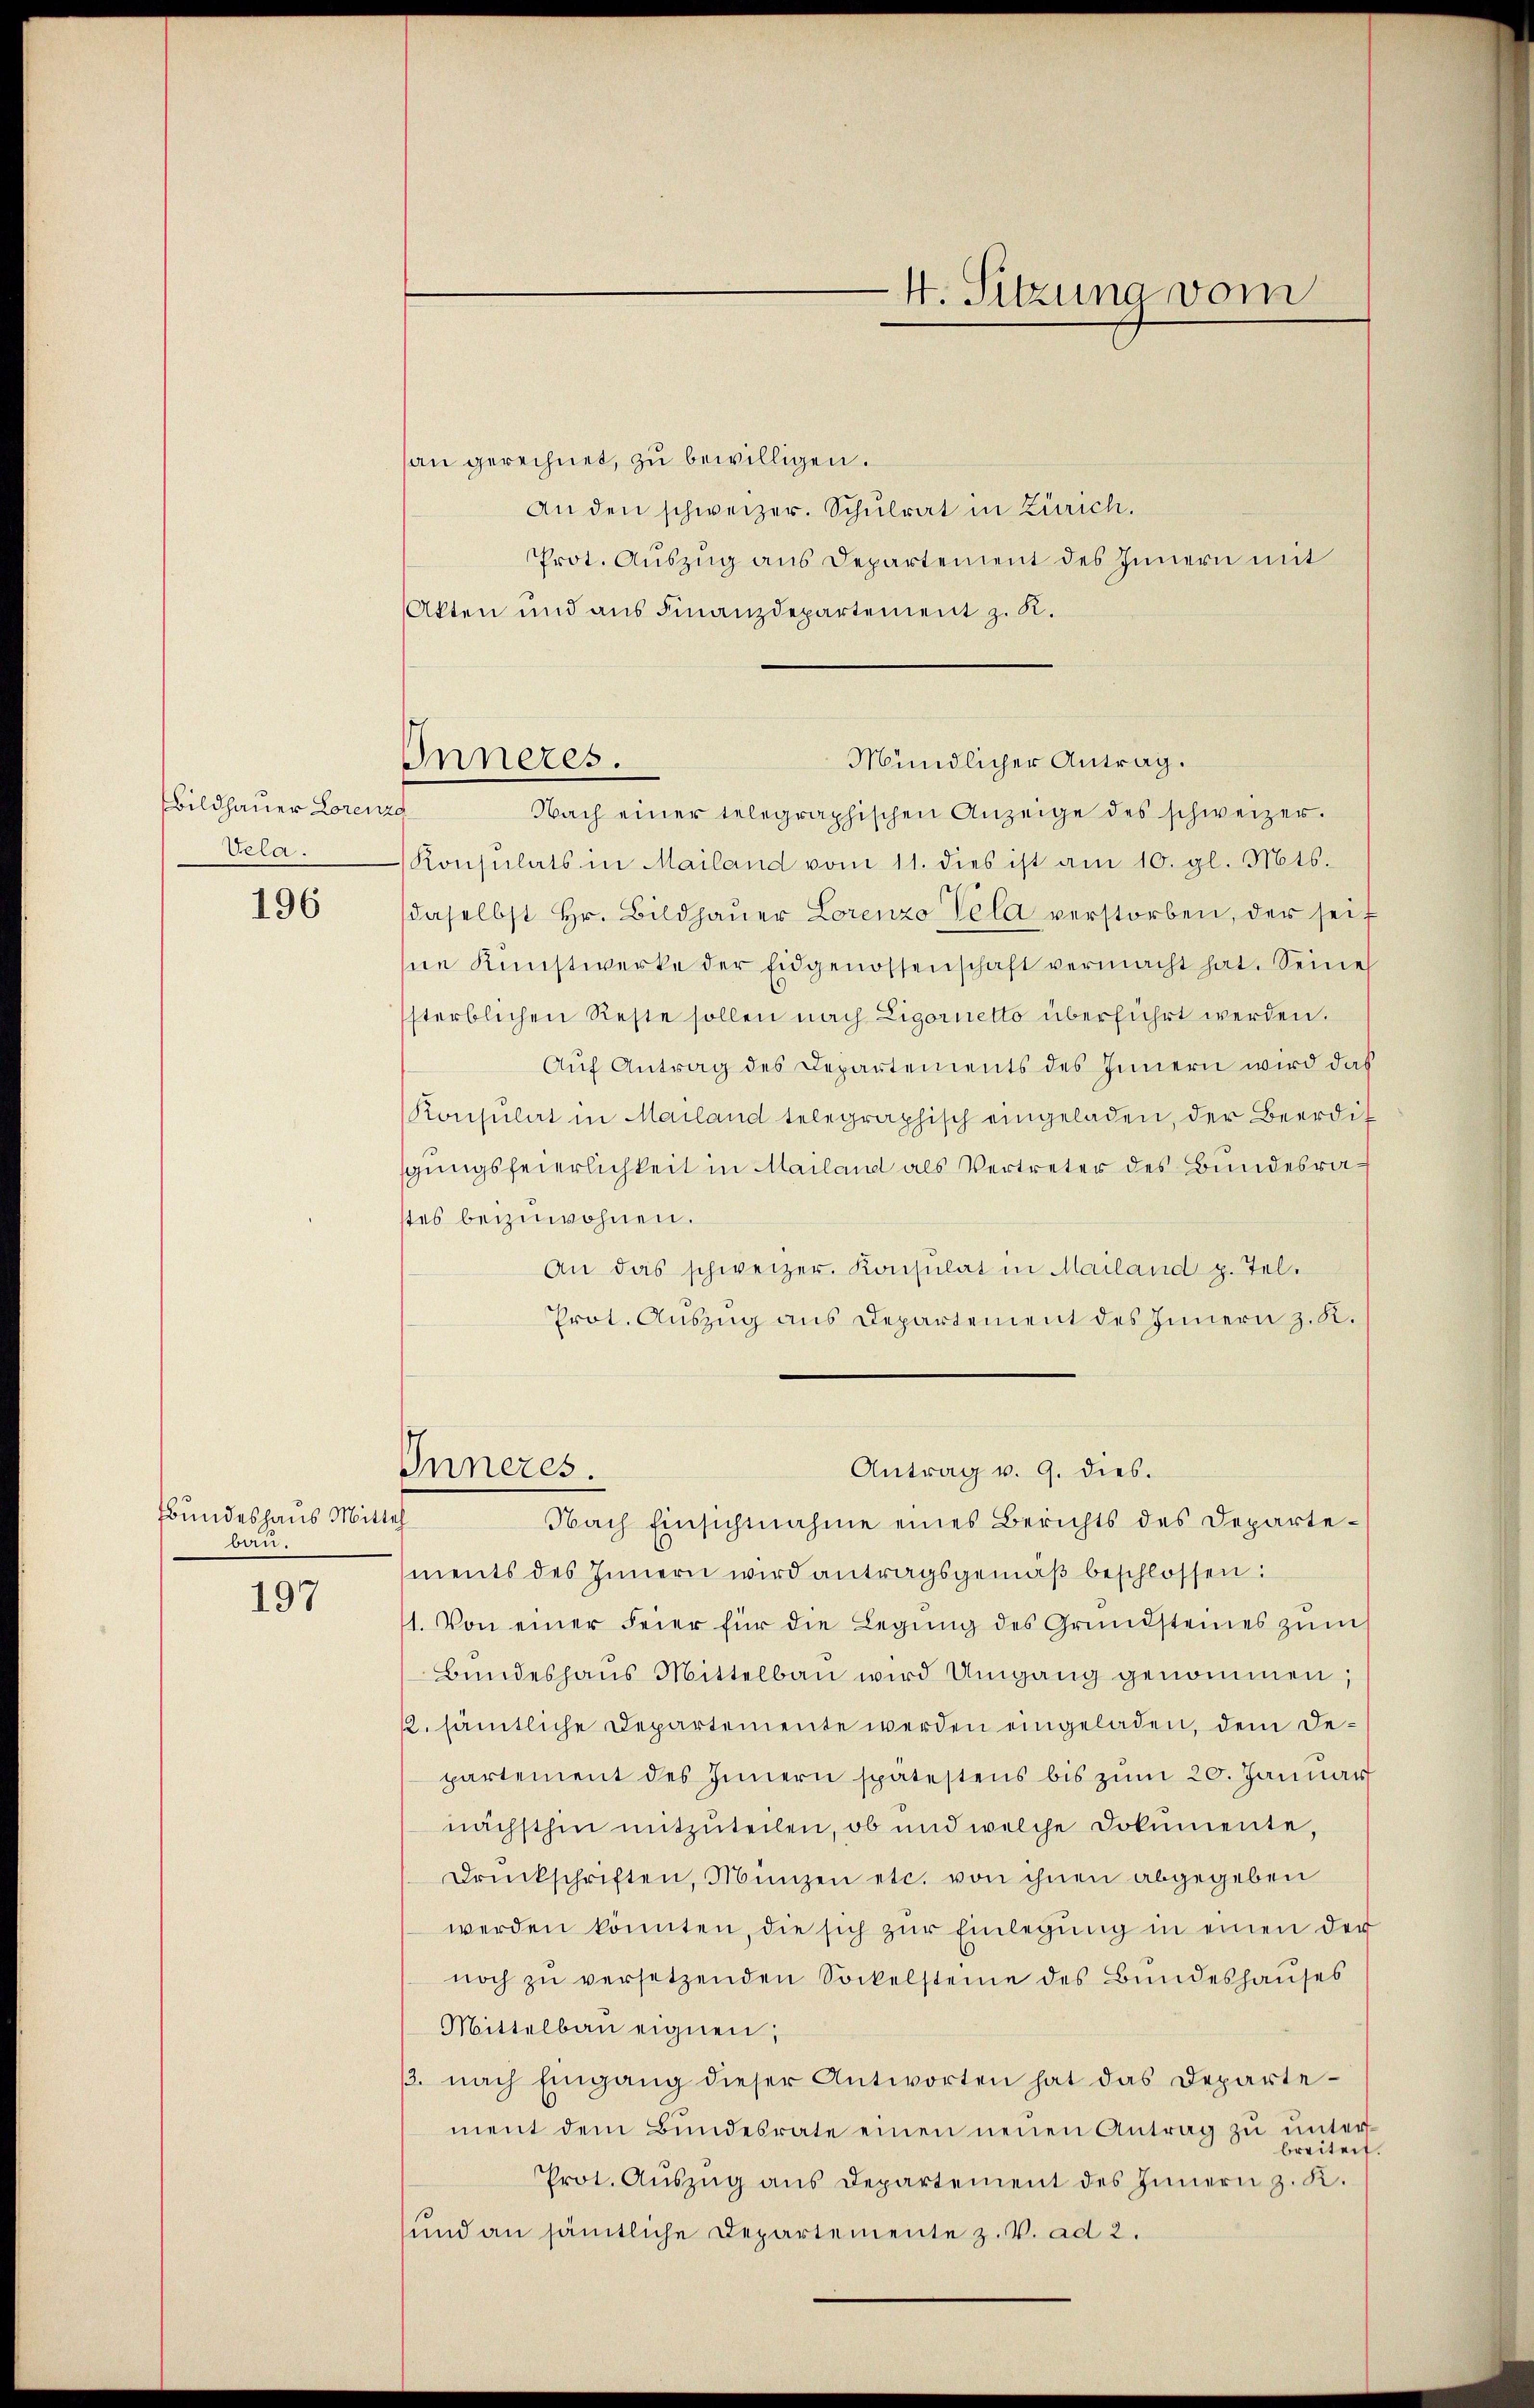
Bildhauer Lorenze
Vela.

196

Bundeshaus Mittel
bau.

197

Inneres.

4. Sitzung vom

an gerechnet, zu bewilligen.
An den schweizer. Schulrat in Zürich.
Prot. Aŭszŭg ans Departement des Innern mit
Akten und aus Finanzdepartement z. R.
Nach einer telegraphischen Anzeige des schweizer.
Konsulats in Mailand vom 11. dies ist am 10. gl. Mts.
daselbst Hr. Bildhaŭer Lorenzo Vola verstorben, der seit
ne Künstwerke der Eidgenossenschaft vermacht hat. Seine
sterblichen Reste sollen nach Ligornetto überführt werden.
Aŭf Antrag des Departements des Innern wird das
Konsulat in Mailand telegraphisch eingeladen, der Beerdit
gungsfeierlichkeit in Mailand als Vertreter des Bundesrastes beizuwohnen.
An das schweizer. Konsulat in Mailand p. Tel¬
Prot. Auszug aus Departement des Innern z. K.
Antrag v. 9. dies.
Inneres.
Nach Einsichtnahme eines Berichts des Departements des Innern wird antragsgemäβ beschlossen:
1. Von einer Feier für die Legung des Grundsteines zŭm
Bŭndeshaŭs Mittelbau wird Umgang genommen;
12. sämtliche Departemente werden eingeladen, dem Departement des Innern spätestens bis zum 20. Januar
nächsthin mitzuteilen, ob und welche Dokumente,
Druckschriften, Münzen etc. von ihnen abgegeben
werden könnten, die sich zŭr Einlegung in einen der
noch zŭ versetzenden Sockelsteine des Bundeshauses
Mittelbau eignen;
/. nach Eingang dieser Antworten hat das Departement dem Bŭndesrate einen neuen Antrag zŭ ŭnterbreitet.
Prot. Aŭszŭg ans Departement des Innern z. K.
sund an sämtliche Departemente z. V. ad 2.

Mündlicher Antrag.